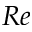
R e